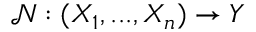
\mathcal { N } : ( X _ { 1 } , . . . , X _ { n } ) \rightarrow Y